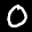
Label: 0